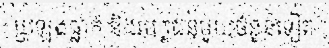
ប្រឡងធ្លាក់ និងបេក្ខជនមួយចំនួនទៀត